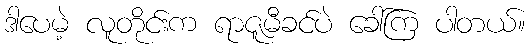
ဒါပေမဲ့ လူတိုင်းက ရာဇူမီခင်ပဲ ခေါ်ကြ ပါတယ်။